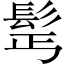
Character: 𩬆